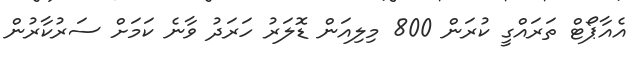
އެއާޕޯޓް ތަރައްގީ ކުރަން 800 މިލިއަން ޑޮލަރު ހަރަދު ވާނެ ކަމަށް ސަރުކާރުން